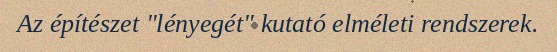
Az építészet "lényegét" kutató elméleti rendszerek.